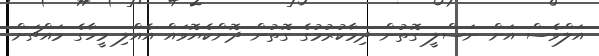
އަލްވެސް އަށް ނަސްލީ ގޮތުން ދިމާކުރުމުގެ ގޮތުން ދޮންކެޔޮވައް އެއްލި މީހާގެ މައްޗަށް